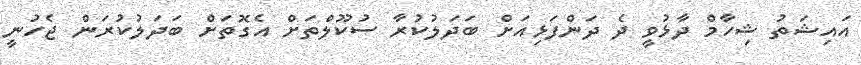
އައިޝަތު ޝިހާމް ދާޅުވީ ދެ ދަންފަޅިއަށް ބަދަލުކުރާ ސުކޫލްތަށް އެގޮތަށް ބަދަލުކުރަން ޖެހުނީ